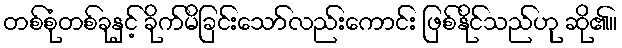
တစ်စုံတစ်ခုနှင့် ခိုက်မိခြင်းသော်လည်းကောင်း ဖြစ်နိုင်သည်ဟု ဆို၏။